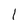
Character: l